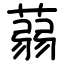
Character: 蒻